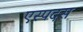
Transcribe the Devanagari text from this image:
एस्पदस